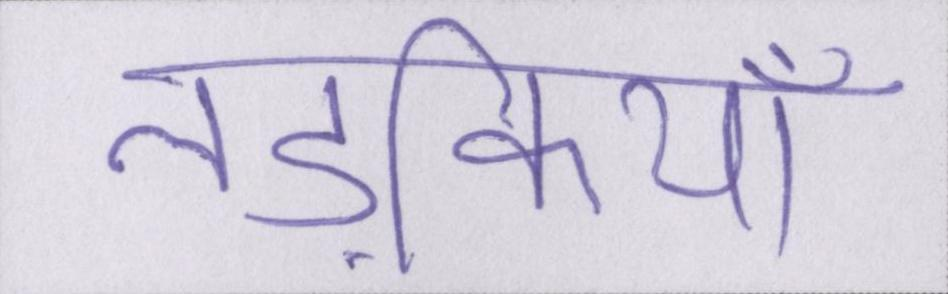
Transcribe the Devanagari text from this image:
लड़कियाँ